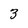
Character: 3